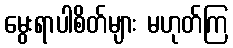
မွေးရာပါစိတ်များ မဟုတ်ကြ